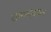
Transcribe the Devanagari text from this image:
रामानुजकृत